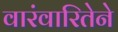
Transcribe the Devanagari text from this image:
वारंवारितेने